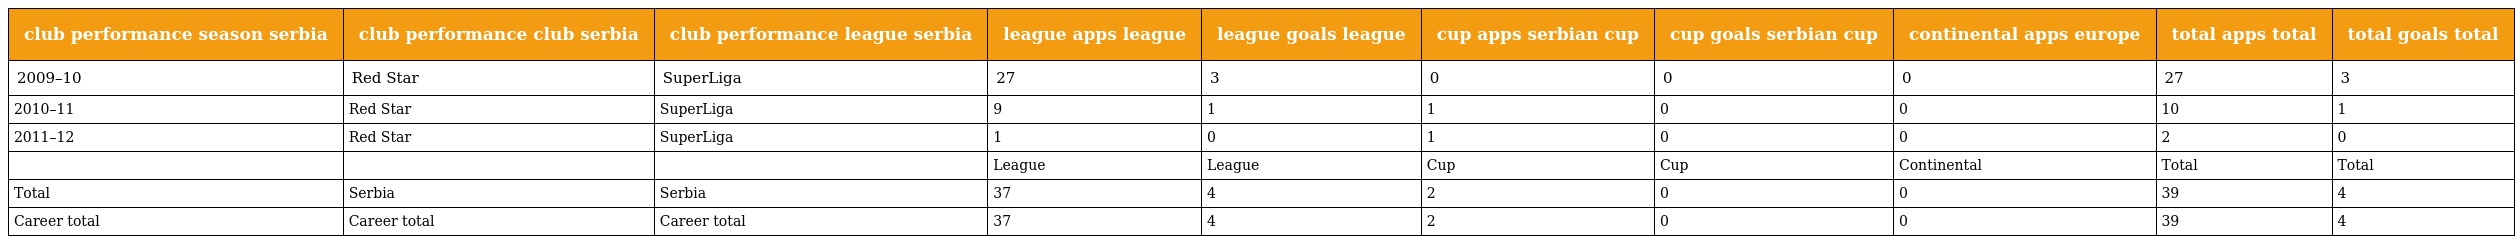
| club performance season serbia | club performance club serbia | club performance league serbia | league apps league | league goals league | cup apps serbian cup | cup goals serbian cup | continental apps europe | total apps total | total goals total |
 | --- | --- | --- | --- | --- | --- | --- | --- | --- | --- |
 | 2009–10 | Red Star | SuperLiga | 27 | 3 | 0 | 0 | 0 | 27 | 3 |
 | 2010–11 | Red Star | SuperLiga | 9 | 1 | 1 | 0 | 0 | 10 | 1 |
 | 2011–12 | Red Star | SuperLiga | 1 | 0 | 1 | 0 | 0 | 2 | 0 |
 |  |  |  | League | League | Cup | Cup | Continental | Total | Total |
 | Total | Serbia | Serbia | 37 | 4 | 2 | 0 | 0 | 39 | 4 |
 | Career total | Career total | Career total | 37 | 4 | 2 | 0 | 0 | 39 | 4 |